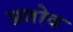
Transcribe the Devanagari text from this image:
प्रतोद